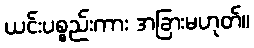
ယင်းပစ္စည်းကား အခြားမဟုတ်။